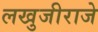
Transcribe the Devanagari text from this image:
लखुजीराजे